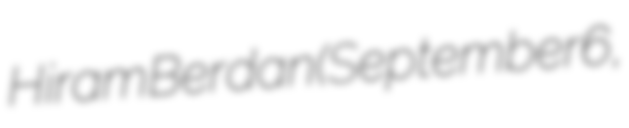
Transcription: Hiram Berdan (September 6,